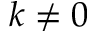
k \neq 0